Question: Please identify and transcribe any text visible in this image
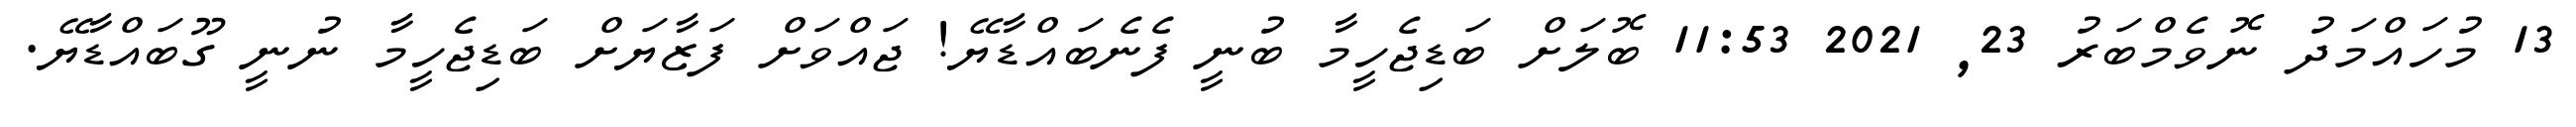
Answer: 13 މުހައްމަދު ނޮވެމްބަރު 23, 2021 11:53 ބޮލަށް ބަޑިޖެހީމާ ބުނީ ފެނެބައްޑާޔޭ! ޖައްވަށް ފަޒާޔަށް ބަޑިޖެހީމާ ނުނީ ގޫބައްޑާޔޭ.